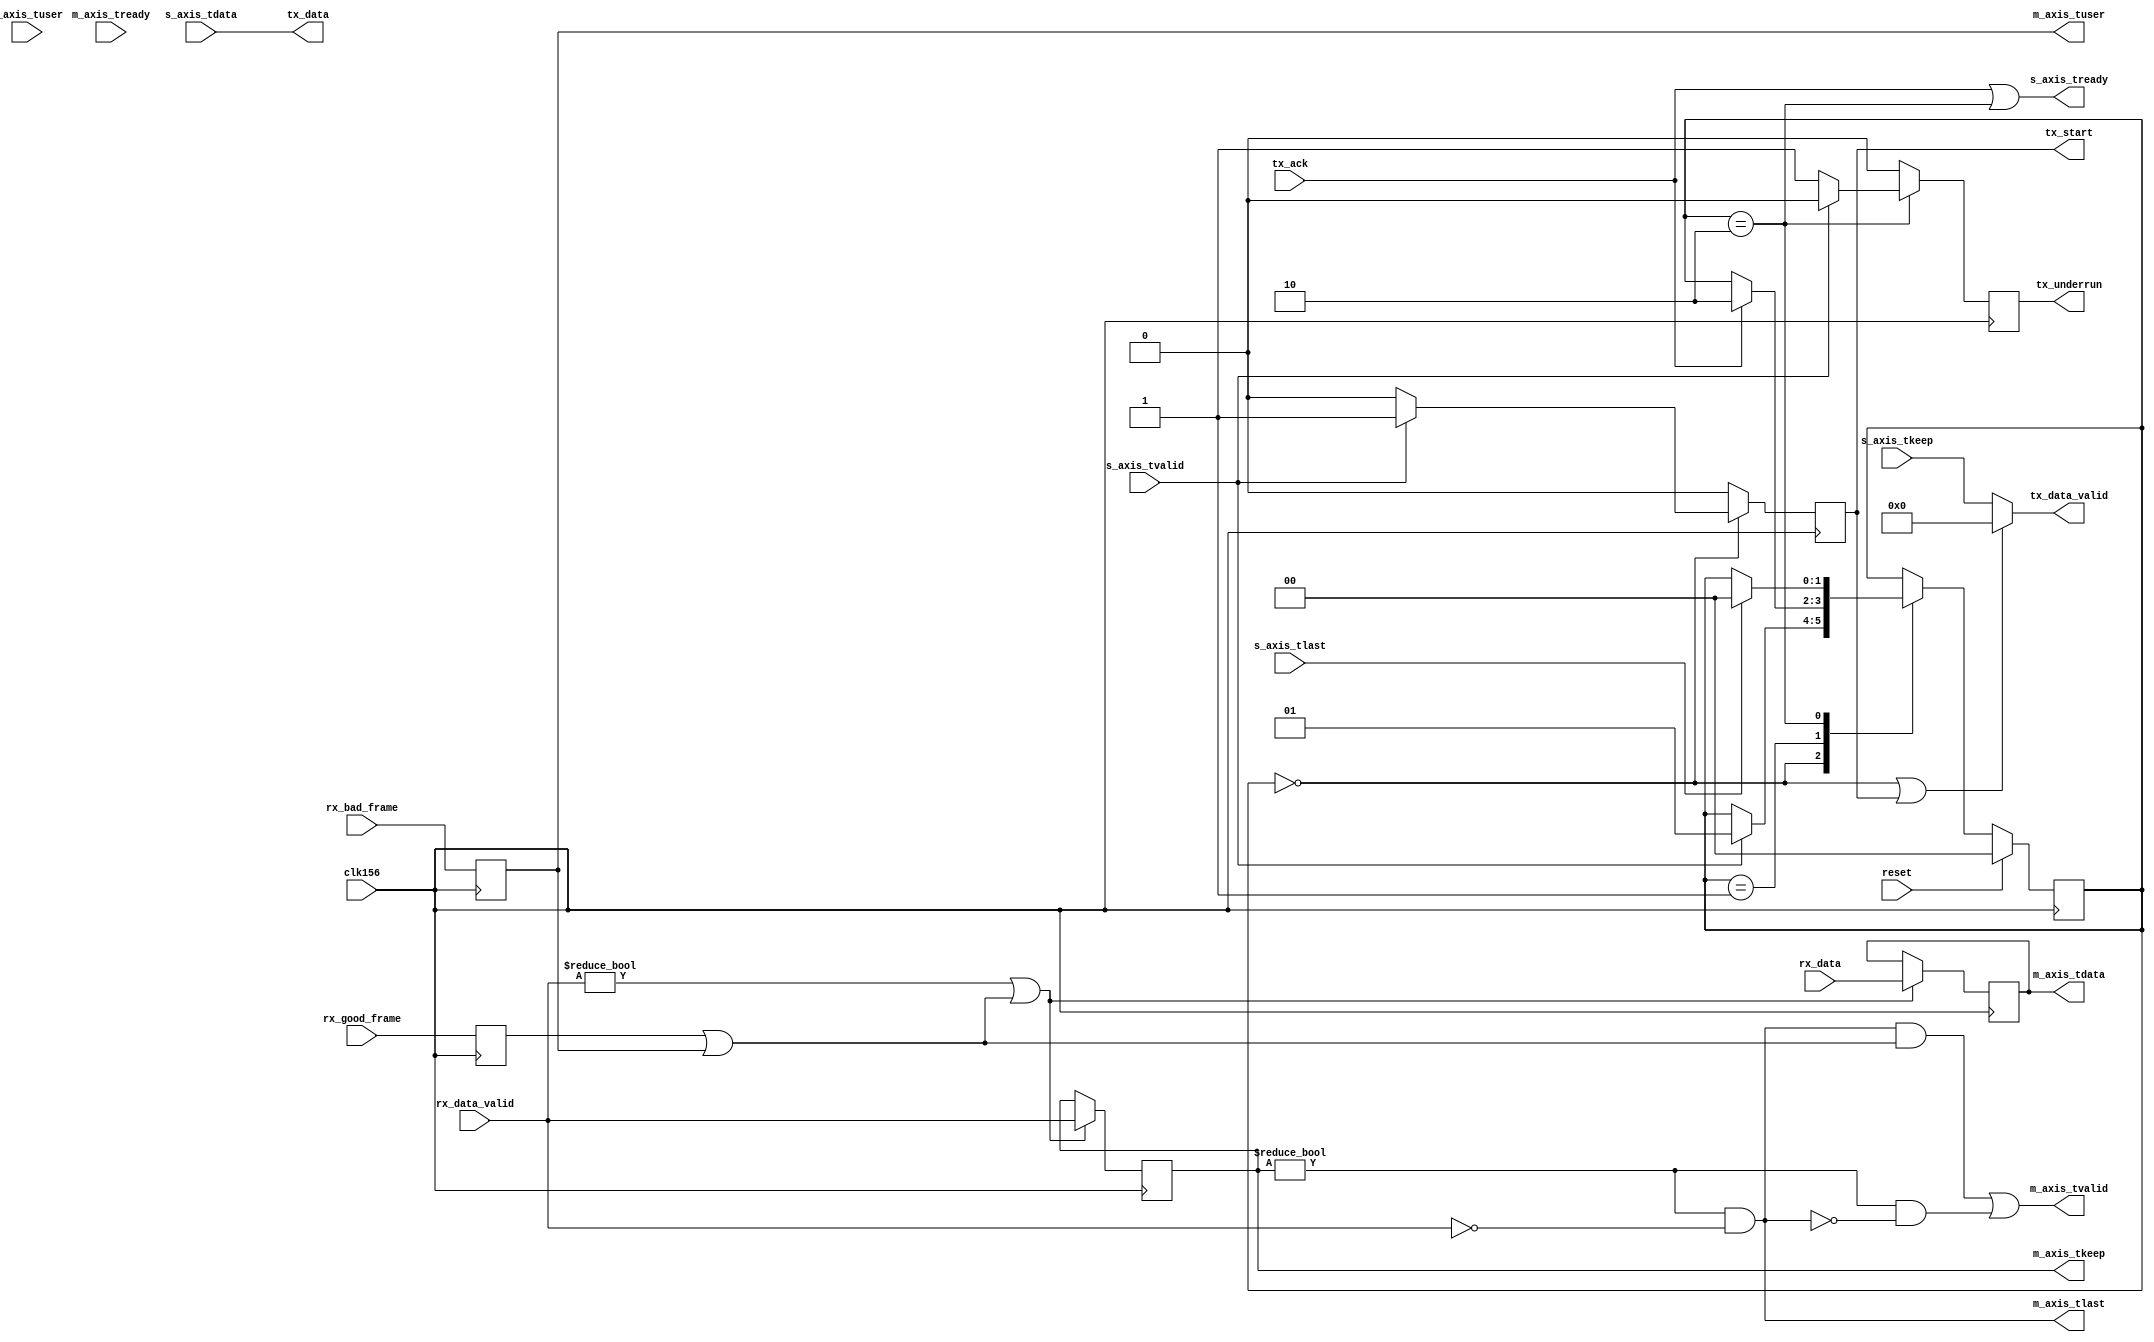
/*
 * Copyright (c) 2014, 2015 Thomas Lcke
 * tloecke@mail.uni-paderborn.de
 *
 * This file is part of the NetFPGA 10G UPB OpenFlow Switch project:
 *
 * Project Group "On-the-Fly Networking for Big Data"
 * SFB 901 "On-The-Fly Computing"
 *
 * University of Paderborn
 * Computer Engineering Group
 * Pohlweg 47 - 49
 * 33098 Paderborn
 * Germany
 *
 * 
 * This file is free code: you can redistribute it and/or modify it under
 * the terms of the GNU Lesser General Public License version 2.1 as
 * published by the Free Software Foundation.
 *
 * This file is distributed in the hope that it will be useful,
 * but WITHOUT ANY WARRANTY; without even the implied warranty of
 * MERCHANTABILITY or FITNESS FOR A PARTICULAR PURPOSE. See the
 * GNU Lesser General Public License for more details.
 *
 * You should have received a copy of the GNU Lesser General Public License
 * along with this project. If not, see <http://www.gnu.org/licenses/>.
 * 
 * Description: adapter between xgmac and axi stream
 *
 */
module xgmac_to_axi_converter
(
    input reset,
    input clk156,	 
	 
    // xgmac ports
    output reg [63:0] tx_data,
    output reg [7:0] tx_data_valid,
    output reg tx_start,
    input  tx_ack,
    output reg tx_underrun,

    input [63:0] rx_data,
    input [7:0] rx_data_valid,

    input rx_good_frame,
    input rx_bad_frame,
	 
    // Master Stream Ports
    output [63:0] m_axis_tdata,
    output [7:0] m_axis_tkeep, 
    output [0:0] m_axis_tuser,
    output m_axis_tvalid,
    input  m_axis_tready, // ignored
    output m_axis_tlast,

    // Slave Stream Ports
    input [63:0] s_axis_tdata,
    input [7:0] s_axis_tkeep, 
    input [0:0] s_axis_tuser,
    input  s_axis_tvalid,
    output s_axis_tready,
    input  s_axis_tlast
  );

  // rx
  reg [63:0] rx_data_delayed;
  reg [7:0] rx_data_valid_delayed;
  reg rx_good_frame_delayed;
  reg rx_bad_frame_delayed;

  always @(posedge clk156) begin // delay signals
    if ((rx_data_valid != 0) || (rx_good_frame_delayed || rx_bad_frame_delayed)) begin
      rx_data_delayed <= rx_data;
      rx_data_valid_delayed <= rx_data_valid;
    end
    rx_good_frame_delayed <= rx_good_frame;
    rx_bad_frame_delayed <= rx_bad_frame;
  end

  wire rx_last = (rx_data_valid_delayed != 0) && (rx_data_valid == 0);
  assign m_axis_tvalid =  rx_last && (rx_good_frame_delayed || rx_bad_frame_delayed) // transmit last frame after receiving good / bad
    || (rx_data_valid_delayed != 0) && !rx_last; // transmit valid frame if not last
  assign m_axis_tlast = rx_last;
  assign m_axis_tdata = rx_data_delayed;
  assign m_axis_tkeep = rx_data_valid_delayed;
  assign m_axis_tuser = rx_bad_frame_delayed;

	 
   
   
  // tx
  localparam IDLE = 0;
  localparam WAIT_FOR_ACK = 1;
  localparam SEND_PKT = 2;

  
    reg [1:0] tx_state = IDLE;
  

  
    assign s_axis_tready = tx_ack || (tx_state == SEND_PKT);
 
    always @(*) begin
        if(tx_state==IDLE || tx_start) begin
            tx_data_valid = 8'b0;
        end
        else begin
            tx_data_valid = s_axis_tkeep;
        end
        tx_data = s_axis_tdata;
    end
    
    always @(posedge clk156) begin
        tx_start <= 0;
        tx_underrun <= 0;
        case(tx_state)
            IDLE: begin
                if(s_axis_tvalid) begin
                    tx_start <= 1;
                    tx_state <= WAIT_FOR_ACK;
                end
            end
            WAIT_FOR_ACK: begin
                if(tx_ack) begin
                    tx_state <= SEND_PKT;
                end
            end
            SEND_PKT: begin
                if(~s_axis_tvalid) begin
                    tx_underrun <=1;
                end
                if(s_axis_tlast) begin
                    tx_state<=IDLE;
                end 
            end
        endcase
        if(reset) begin
            tx_state <= IDLE;
        end
    end


endmodule